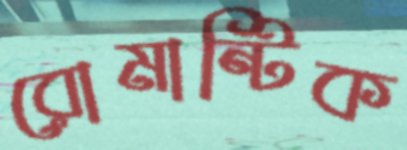
রোমান্টিক